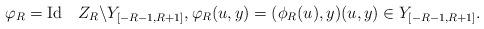
LaTeX: \begin{align*}\varphi_R = \mathrm{Id}\quad Z_R\backslash Y_{[-R-1,R+1]}, \varphi_R(u,y) = (\phi_R(u),y) (u,y)\in Y_{[-R-1,R+1]}.\end{align*}